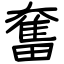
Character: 奮